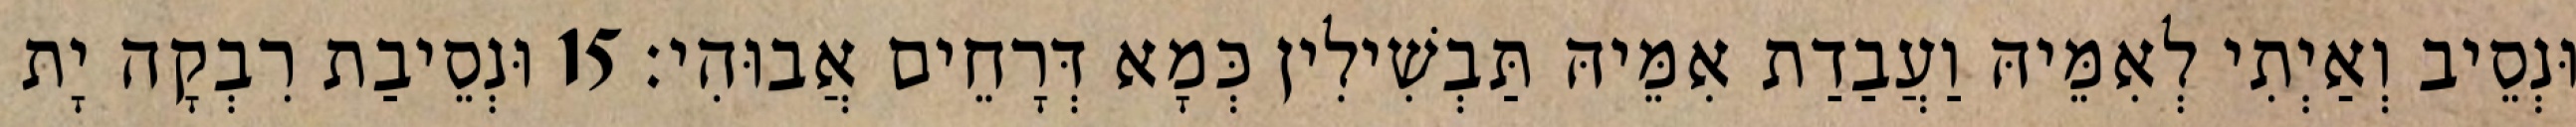
וּנְסֵיב וְאַיְתִי לְאִמֵּיהּ וַעֲבַדַת אִמֵּיהּ תַּבְשִׁילִין כְּמָא דְּרָחֵים אֲבוּהִי׃ 15 וּנְסֵיבַת רִבְקָה יָת